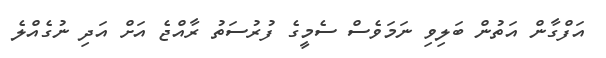
އަފްގާން އަތުން ބަލިވި ނަމަވެސް ސެމީގެ ފުރުސަތު ރާއްޖެ އަށް އަދި ނުގެއްލެ